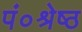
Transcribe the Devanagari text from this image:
पं०श्रेष्ठ